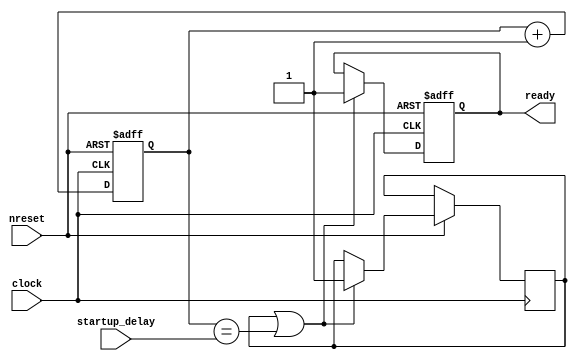
module startup(
    input clock,
    input nreset,
    output reg ready,
    input [31:0] startup_delay
);
    reg startup_done = 0;
    reg [31:0] counter;

    initial begin
        ready <= 0;
        counter <= 0;
    end

    always @ (posedge clock or negedge nreset)
    begin
        if (~nreset) begin
            ready <= 0;
            counter <= 0;
        end else begin
            counter <= #1 counter + 1;
            
            if (startup_done || counter == startup_delay) begin
                ready <= 1;
                startup_done <= 1;
            end
        end
    end
    
endmodule